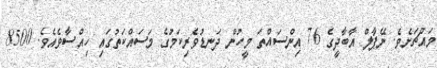
މައްޗަށެވެ. ނޭޕާލް އާބާދީގެ 76 އިންސައްތަ މީހުން ދަނޑުވެރިކަމުގެ މަސައްކަތުގައި ހިއްސާވެއެވެ. 8500